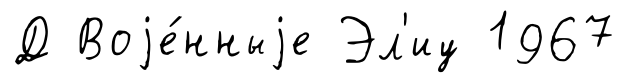
Д Воjе́нныjе Эл'иу 1967